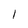
Character: I